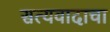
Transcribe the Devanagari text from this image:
सत्यवादाचा